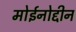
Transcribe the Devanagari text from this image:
मोईनोद्दीन